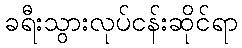
ခရီးသွားလုပ်ငန်းဆိုင်ရာ